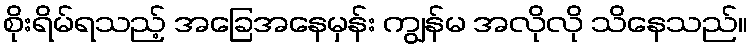
စိုးရိမ်ရသည့် အခြေအနေမှန်း ကျွန်မ အလိုလို သိနေသည်။